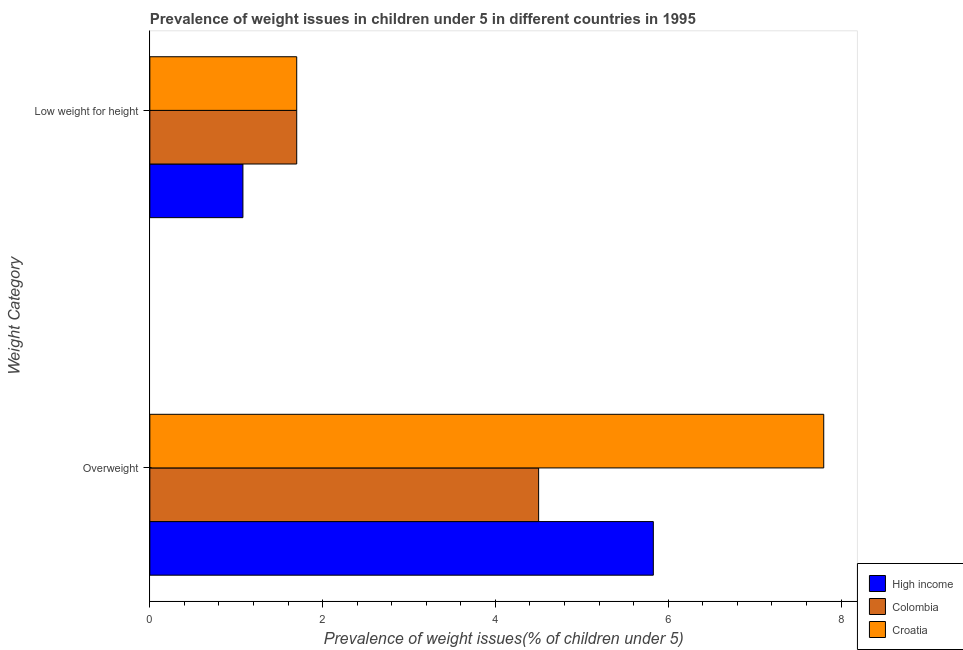
| Weight Category | High income | Colombia | Croatia |
 | --- | --- | --- | --- |
 | Overweight | 5.83 | 4.5 | 7.8 |
 | Low weight for height | 1.08 | 1.7 | 1.7 |